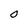
Character: O